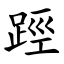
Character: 踁